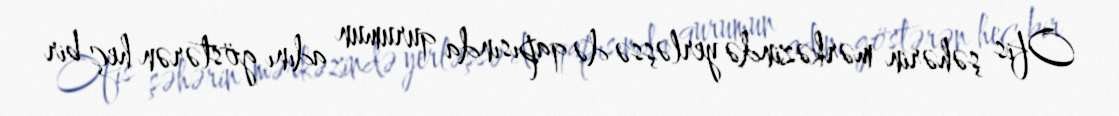
Ofis şəhərin mərkəzində yerləşsə də qapısında qurumun adını göstərən heç bir